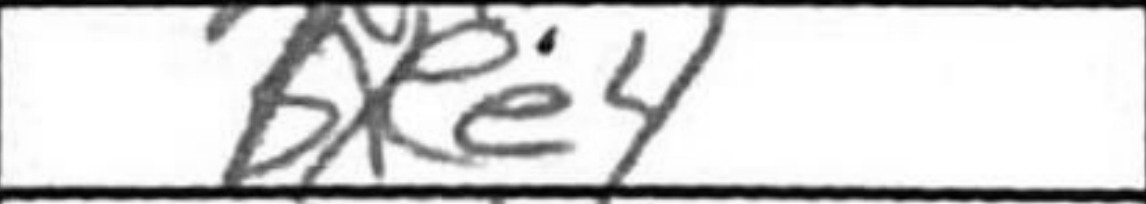
Transcription: bxee4